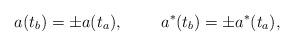
LaTeX: \begin{align*}a(t_b)=\pm a(t_a),~~~~~~~a^*(t_b)=\pm a^*(t_a),~~~\end{align*}